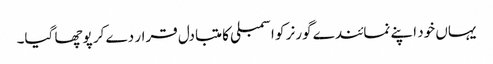
یہاں خود اپنے نمائندے گورنر کو اسمبلی کا متبادل قرار دے کر پوچھا گیا۔